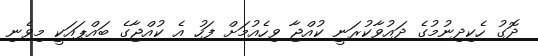
ދޮގު ހެކިދިނުމުގެ ދައުވާކުރަނީ ކުއްޖާ ވިހެއުމަށް ފަހު އެ ކުއްޖާގެ ބައްޕައަކީ މިވެނި